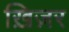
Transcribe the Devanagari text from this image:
ख़िज़र